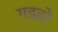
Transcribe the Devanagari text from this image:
गडढ़ो